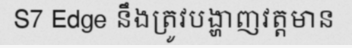
S7 Edge នឹងត្រូវបង្ហាញវត្តមាន